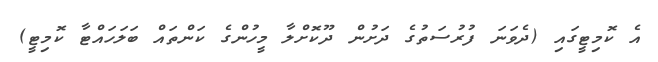
އެ ކޮމިޓީގައި (ދެވަނަ ފުރުސަތުގެ ދަށުން ދޫކޮށްލާ މީހުންގެ ކަންތައް ބަލަހައްޓާ ކޮމިޓީ)